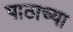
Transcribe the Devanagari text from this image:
पाठाच्या